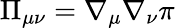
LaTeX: \Pi_{\mu\nu}=\nabla_{\mu}\nabla_{\nu}\pi